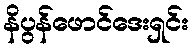
နိပွန်ဖောင်ဒေးရှင်း